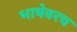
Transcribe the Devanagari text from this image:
भाषेवरच